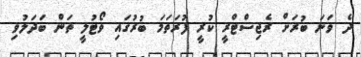
ދެ ވަނަ ބުރަށް ރެޖިސްޓްރީ ކުރީ ފުރަތަމަ ބުރުގައި ވޯޓުލީ ތަން ބަދަލުވި